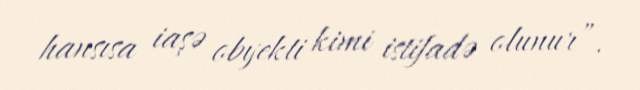
hansısa iaşə obyekti kimi istifadə olunur”.